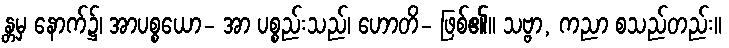
န္တမှ နောက်၌၊ အာပစ္စယော- အာ ပစ္စည်းသည်၊ ဟောတိ- ဖြစ်၏။ သဗ္ဗာ, ကညာ စသည်တည်း။